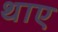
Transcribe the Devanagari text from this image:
थाए